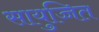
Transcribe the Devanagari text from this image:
सायुज्जित